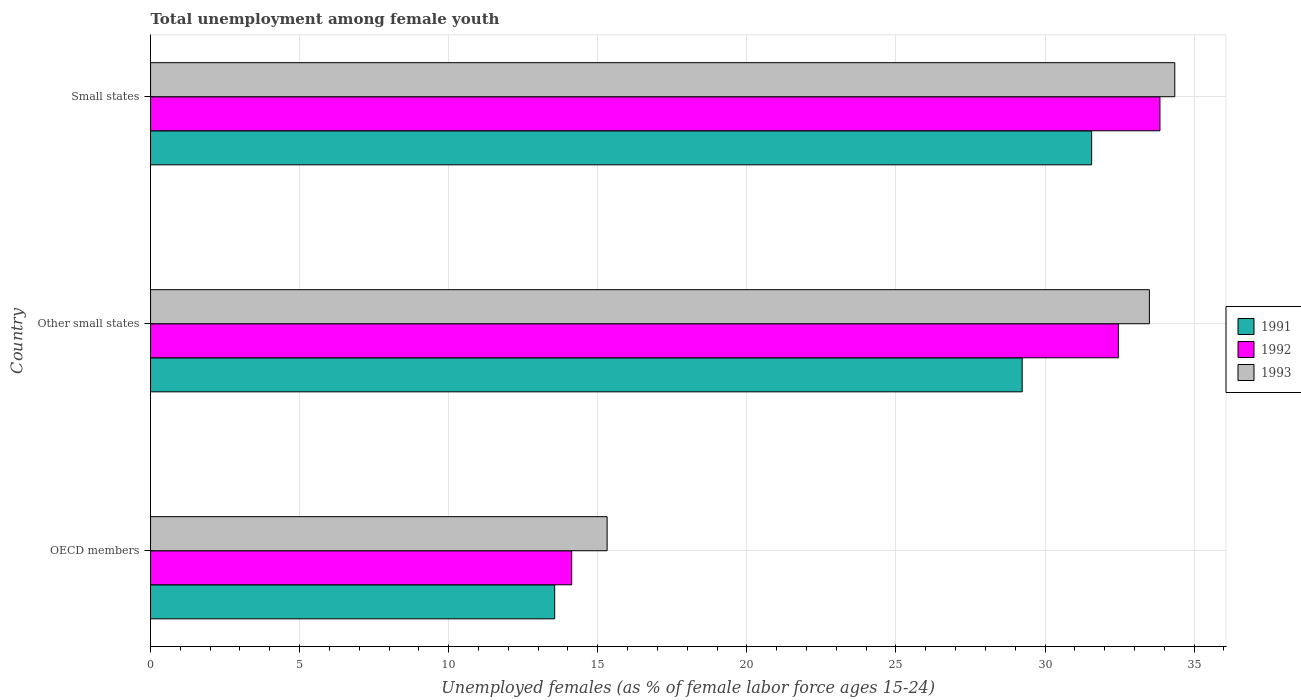
| Country | 1991 | 1992 | 1993 |
 | --- | --- | --- | --- |
 | OECD members | 13.6 | 14.1 | 15.3 |
 | Other small states | 29.2 | 32.5 | 33.5 |
 | Small states | 31.6 | 33.9 | 34.4 |